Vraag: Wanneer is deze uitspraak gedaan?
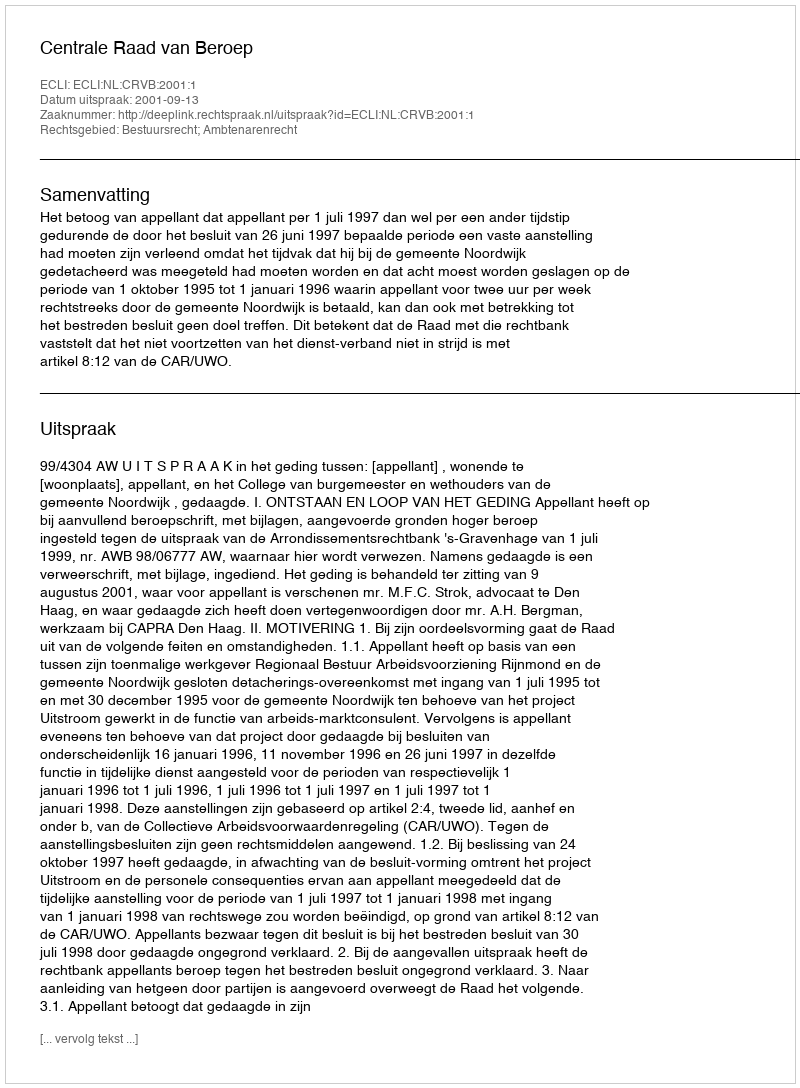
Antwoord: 2001-09-13